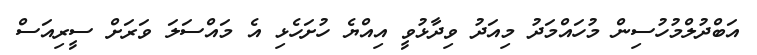
އަބްދުލްމުހުސިން މުހައްމަދު މިއަދު ވިދާޅުވީ އިއްޔެ ހުށަހެޅި އެ މައްސަލަ ވަރަށް ސީރިއަސް